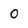
Character: 0